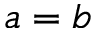
a = b